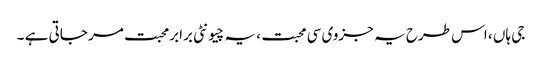
جی ہاں ، اس طرح یہ جزوی سی محبت ، یہ چیونٹی برابرمحبت مر جاتی ہے ۔